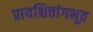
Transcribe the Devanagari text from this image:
प्रायश्चित्तांगभूत